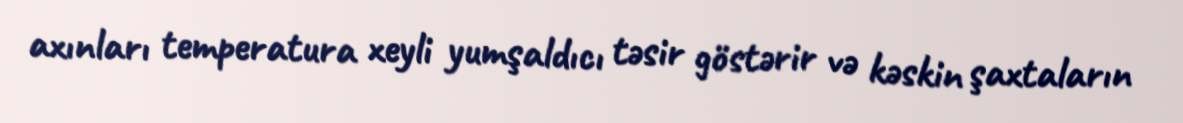
axınları temperatura xeyli yumşaldıcı təsir göstərir və kəskin şaxtaların